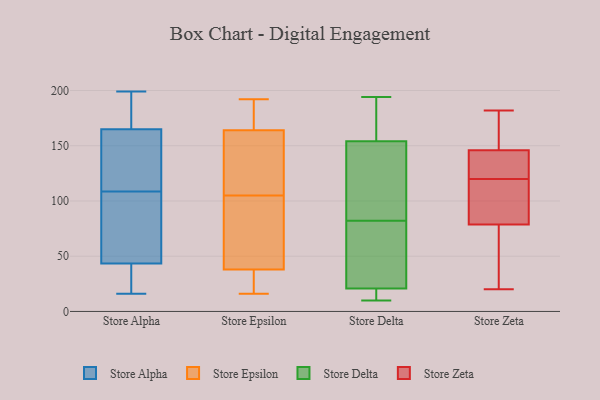
{"axis": {"x": "Customer Acquisition Cost (USD)", "y": "Value"}, "legend": ["Store Alpha", "Store Delta", "Store Epsilon", "Store Zeta"], "data": [{"x": "", "y": 16, "type": "Store Alpha"}, {"x": "", "y": 28, "type": "Store Alpha"}, {"x": "", "y": 104, "type": "Store Alpha"}, {"x": "", "y": 22, "type": "Store Alpha"}, {"x": "", "y": 182, "type": "Store Alpha"}, {"x": "", "y": 198, "type": "Store Alpha"}, {"x": "", "y": 148, "type": "Store Alpha"}, {"x": "", "y": 146, "type": "Store Alpha"}, {"x": "", "y": 115, "type": "Store Alpha"}, {"x": "", "y": 113, "type": "Store Alpha"}, {"x": "", "y": 84, "type": "Store Alpha"}, {"x": "", "y": 191, "type": "Store Alpha"}, {"x": "", "y": 199, "type": "Store Alpha"}, {"x": "", "y": 36, "type": "Store Alpha"}, {"x": "", "y": 51, "type": "Store Alpha"}, {"x": "", "y": 77, "type": "Store Alpha"}, {"x": "", "y": 88, "type": "Store Epsilon"}, {"x": "", "y": 86, "type": "Store Epsilon"}, {"x": "", "y": 34, "type": "Store Epsilon"}, {"x": "", "y": 163, "type": "Store Epsilon"}, {"x": "", "y": 165, "type": "Store Epsilon"}, {"x": "", "y": 122, "type": "Store Epsilon"}, {"x": "", "y": 180, "type": "Store Epsilon"}, {"x": "", "y": 135, "type": "Store Epsilon"}, {"x": "", "y": 30, "type": "Store Epsilon"}, {"x": "", "y": 172, "type": "Store Epsilon"}, {"x": "", "y": 42, "type": "Store Epsilon"}, {"x": "", "y": 84, "type": "Store Epsilon"}, {"x": "", "y": 152, "type": "Store Epsilon"}, {"x": "", "y": 192, "type": "Store Epsilon"}, {"x": "", "y": 18, "type": "Store Epsilon"}, {"x": "", "y": 54, "type": "Store Epsilon"}, {"x": "", "y": 16, "type": "Store Epsilon"}, {"x": "", "y": 160, "type": "Store Epsilon"}, {"x": "", "y": 173, "type": "Store Epsilon"}, {"x": "", "y": 20, "type": "Store Epsilon"}, {"x": "", "y": 171, "type": "Store Delta"}, {"x": "", "y": 82, "type": "Store Delta"}, {"x": "", "y": 10, "type": "Store Delta"}, {"x": "", "y": 184, "type": "Store Delta"}, {"x": "", "y": 49, "type": "Store Delta"}, {"x": "", "y": 13, "type": "Store Delta"}, {"x": "", "y": 14, "type": "Store Delta"}, {"x": "", "y": 194, "type": "Store Delta"}, {"x": "", "y": 89, "type": "Store Delta"}, {"x": "", "y": 158, "type": "Store Delta"}, {"x": "", "y": 46, "type": "Store Delta"}, {"x": "", "y": 142, "type": "Store Delta"}, {"x": "", "y": 11, "type": "Store Delta"}, {"x": "", "y": 41, "type": "Store Delta"}, {"x": "", "y": 140, "type": "Store Delta"}, {"x": "", "y": 88, "type": "Store Zeta"}, {"x": "", "y": 90, "type": "Store Zeta"}, {"x": "", "y": 89, "type": "Store Zeta"}, {"x": "", "y": 158, "type": "Store Zeta"}, {"x": "", "y": 142, "type": "Store Zeta"}, {"x": "", "y": 51, "type": "Store Zeta"}, {"x": "", "y": 122, "type": "Store Zeta"}, {"x": "", "y": 27, "type": "Store Zeta"}, {"x": "", "y": 141, "type": "Store Zeta"}, {"x": "", "y": 182, "type": "Store Zeta"}, {"x": "", "y": 120, "type": "Store Zeta"}, {"x": "", "y": 169, "type": "Store Zeta"}, {"x": "", "y": 20, "type": "Store Zeta"}]}